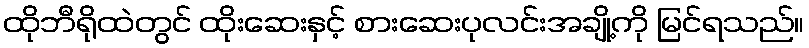
ထိုဘီရိုထဲတွင် ထိုးဆေးနှင့် စားဆေးပုလင်းအချို့ကို မြင်ရသည်။